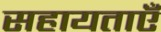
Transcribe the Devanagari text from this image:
सहायताएँ